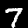
Digit: 7